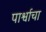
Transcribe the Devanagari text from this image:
पार्श्वाचा